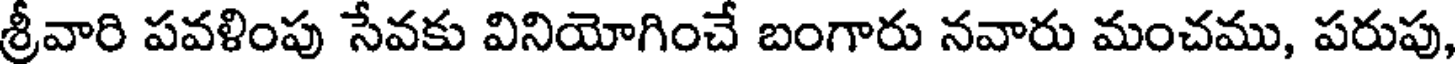
శ్రీవారి పవళింపు సేవకు వినియోగించే బంగారు నవారు మంచము, పరుపు,